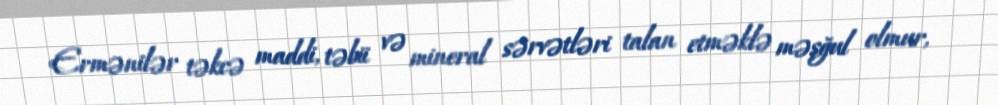
Ermənilər təkcə maddi, təbii və mineral sərvətləri talan etməklə məşğul olmur,